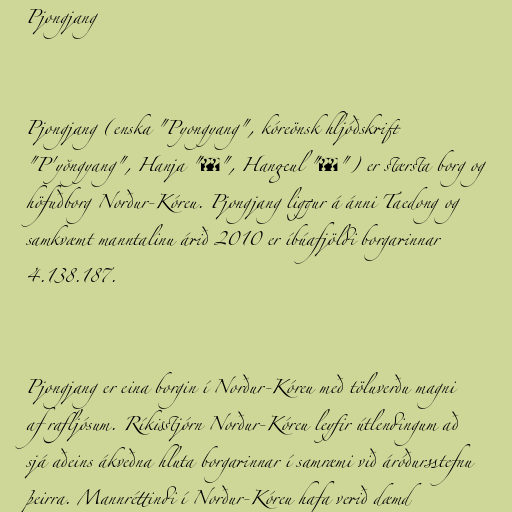
Pjongjang

Pjongjang (enska "Pyongyang", kóreönsk hljóðskrift
"P'yŏngyang", Hanja "平壤", Hangeul "평양") er stærsta borg og
höfuðborg Norður-Kóreu. Pjongjang liggur á ánni Taedong og
samkvæmt manntalinu árið 2010 er íbúafjöldi borgarinnar
4.138.187.

Pjongjang er eina borgin í Norður-Kóreu með töluverðu magni
af rafljósum. Ríkisstjórn Norður-Kóreu leyfir útlendingum að
sjá aðeins ákveðna hluta borgarinnar í samræmi við áróðursstefnu
þeirra. Mannréttindi í Norður-Kóreu hafa verið dæmd